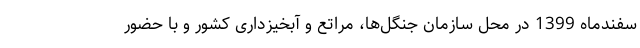
سفندماه 1399 در محل سازمان جنگل‌ها، مراتع و آبخیزداری کشور و با حضور